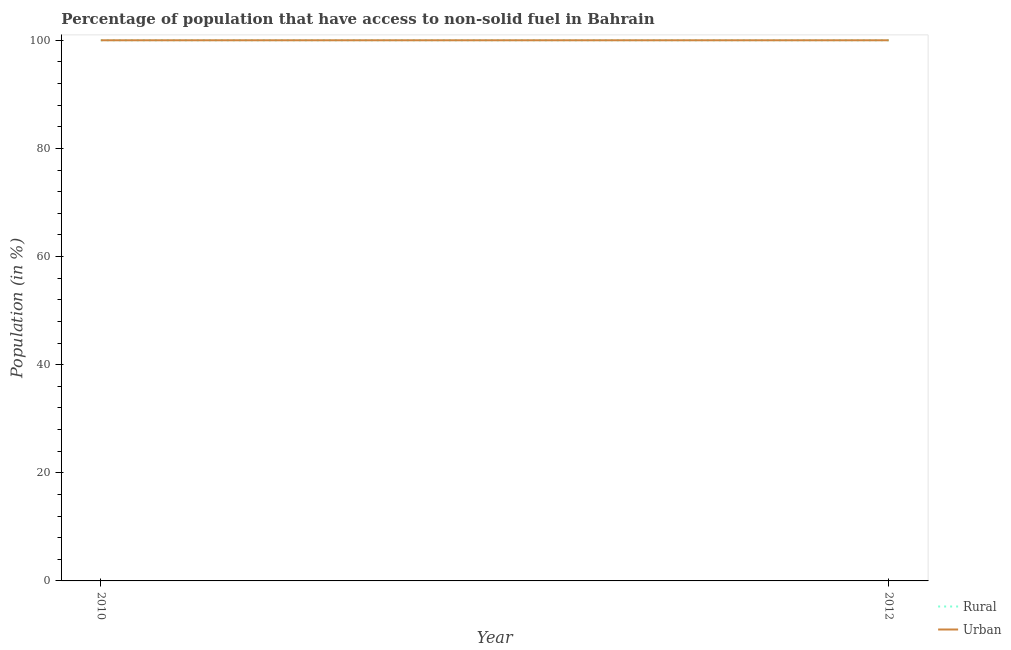
| Year | Rural | Urban |
 | --- | --- | --- |
 | 2010 | 100 | 100 |
 | 2012 | 100 | 100 |